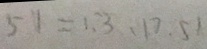
5 1 = 1 、 3 、 1 7 . 5 1